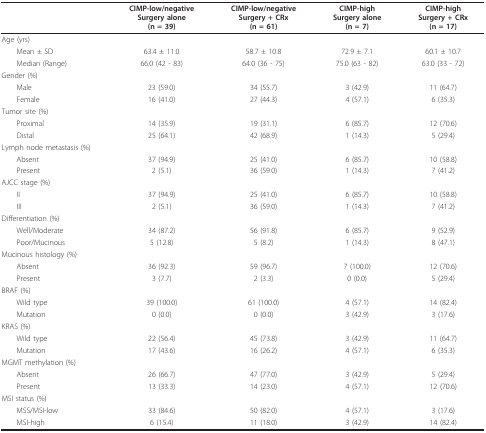
<table><thead><tr><td></td><td><b>CIMP-low/negativeSurgery alone(n = 39)</b></td><td><b>CIMP-low/negativeSurgery + CRx(n = 61)</b></td><td><b>CIMP-highSurgery alone(n = 7)</b></td><td><b>CIMP-highSurgery + CRx(n = 17)</b></td></tr></thead><tbody><tr><td>Age (yrs)</td><td></td><td></td><td></td><td></td></tr><tr><td> Mean ± SD</td><td>63.4 ± 11.0</td><td>58.7 ± 10.8</td><td>72.9 ± 7.1</td><td>60.1 ± 10.7</td></tr><tr><td> Median (Range)</td><td>66.0 (42 - 83)</td><td>64.0 (36 - 75)</td><td>75.0 (63 - 82)</td><td>63.0 (33 - 72)</td></tr><tr><td>Gender (%)</td><td></td><td></td><td></td><td></td></tr><tr><td> Male</td><td>23 (59.0)</td><td>34 (55.7)</td><td>3 (42.9)</td><td>11 (64.7)</td></tr><tr><td> Female</td><td>16 (41.0)</td><td>27 (44.3)</td><td>4 (57.1)</td><td>6 (35.3)</td></tr><tr><td>Tumor site (%)</td><td></td><td></td><td></td><td></td></tr><tr><td> Proximal</td><td>14 (35.9)</td><td>19 (31.1)</td><td>6 (85.7)</td><td>12 (70.6)</td></tr><tr><td> Distal</td><td>25 (64.1)</td><td>42 (68.9)</td><td>1 (14.3)</td><td>5 (29.4)</td></tr><tr><td colspan="2">Lymph node metastasis (%)</td><td></td><td></td><td></td></tr><tr><td> Absent</td><td>37 (94.9)</td><td>25 (41.0)</td><td>6 (85.7)</td><td>10 (58.8)</td></tr><tr><td> Present</td><td>2 (5.1)</td><td>36 (59.0)</td><td>1 (14.3)</td><td>7 (41.2)</td></tr><tr><td>AJCC stage (%)</td><td></td><td></td><td></td><td></td></tr><tr><td> II</td><td>37 (94.9)</td><td>25 (41.0)</td><td>6 (85.7)</td><td>10 (58.8)</td></tr><tr><td> III</td><td>2 (5.1)</td><td>36 (59.0)</td><td>1 (14.3)</td><td>7 (41.2)</td></tr><tr><td>Differentiation (%)</td><td></td><td></td><td></td><td></td></tr><tr><td> Well/Moderate</td><td>34 (87.2)</td><td>56 (91.8)</td><td>6 (85.7)</td><td>9 (52.9)</td></tr><tr><td> Poor/Mucinous</td><td>5 (12.8)</td><td>5 (8.2)</td><td>1 (14.3)</td><td>8 (47.1)</td></tr><tr><td>Mucinous histology (%)</td><td></td><td></td><td></td><td></td></tr><tr><td> Absent</td><td>36 (92.3)</td><td>59 (96.7)</td><td>7 (100.0)</td><td>12 (70.6)</td></tr><tr><td> Present</td><td>3 (7.7)</td><td>2 (3.3)</td><td>0 (0.0)</td><td>5 (29.4)</td></tr><tr><td>BRAF (%)</td><td></td><td></td><td></td><td></td></tr><tr><td> Wild type</td><td>39 (100.0)</td><td>61 (100.0)</td><td>4 (57.1)</td><td>14 (82.4)</td></tr><tr><td> Mutation</td><td>0 (0.0)</td><td>0 (0.0)</td><td>3 (42.9)</td><td>3 (17.6)</td></tr><tr><td>KRAS (%)</td><td></td><td></td><td></td><td></td></tr><tr><td> Wild type</td><td>22 (56.4)</td><td>45 (73.8)</td><td>3 (42.9)</td><td>11 (64.7)</td></tr><tr><td> Mutation</td><td>17 (43.6)</td><td>16 (26.2)</td><td>4 (57.1)</td><td>6 (35.3)</td></tr><tr><td>MGMT methylation (%)</td><td></td><td></td><td></td><td></td></tr><tr><td> Absent</td><td>26 (66.7)</td><td>47 (77.0)</td><td>3 (42.9)</td><td>5 (29.4)</td></tr><tr><td> Present</td><td>13 (33.3)</td><td>14 (23.0)</td><td>4 (57.1)</td><td>12 (70.6)</td></tr><tr><td>MSI status (%)</td><td></td><td></td><td></td><td></td></tr><tr><td> MSS/MSI-low</td><td>33 (84.6)</td><td>50 (82.0)</td><td>4 (57.1)</td><td>3 (17.6)</td></tr><tr><td> MSI-high</td><td>6 (15.4)</td><td>11 (18.0)</td><td>3 (42.9)</td><td>14 (82.4)</td></tr></tbody></table>